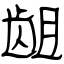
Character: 龃